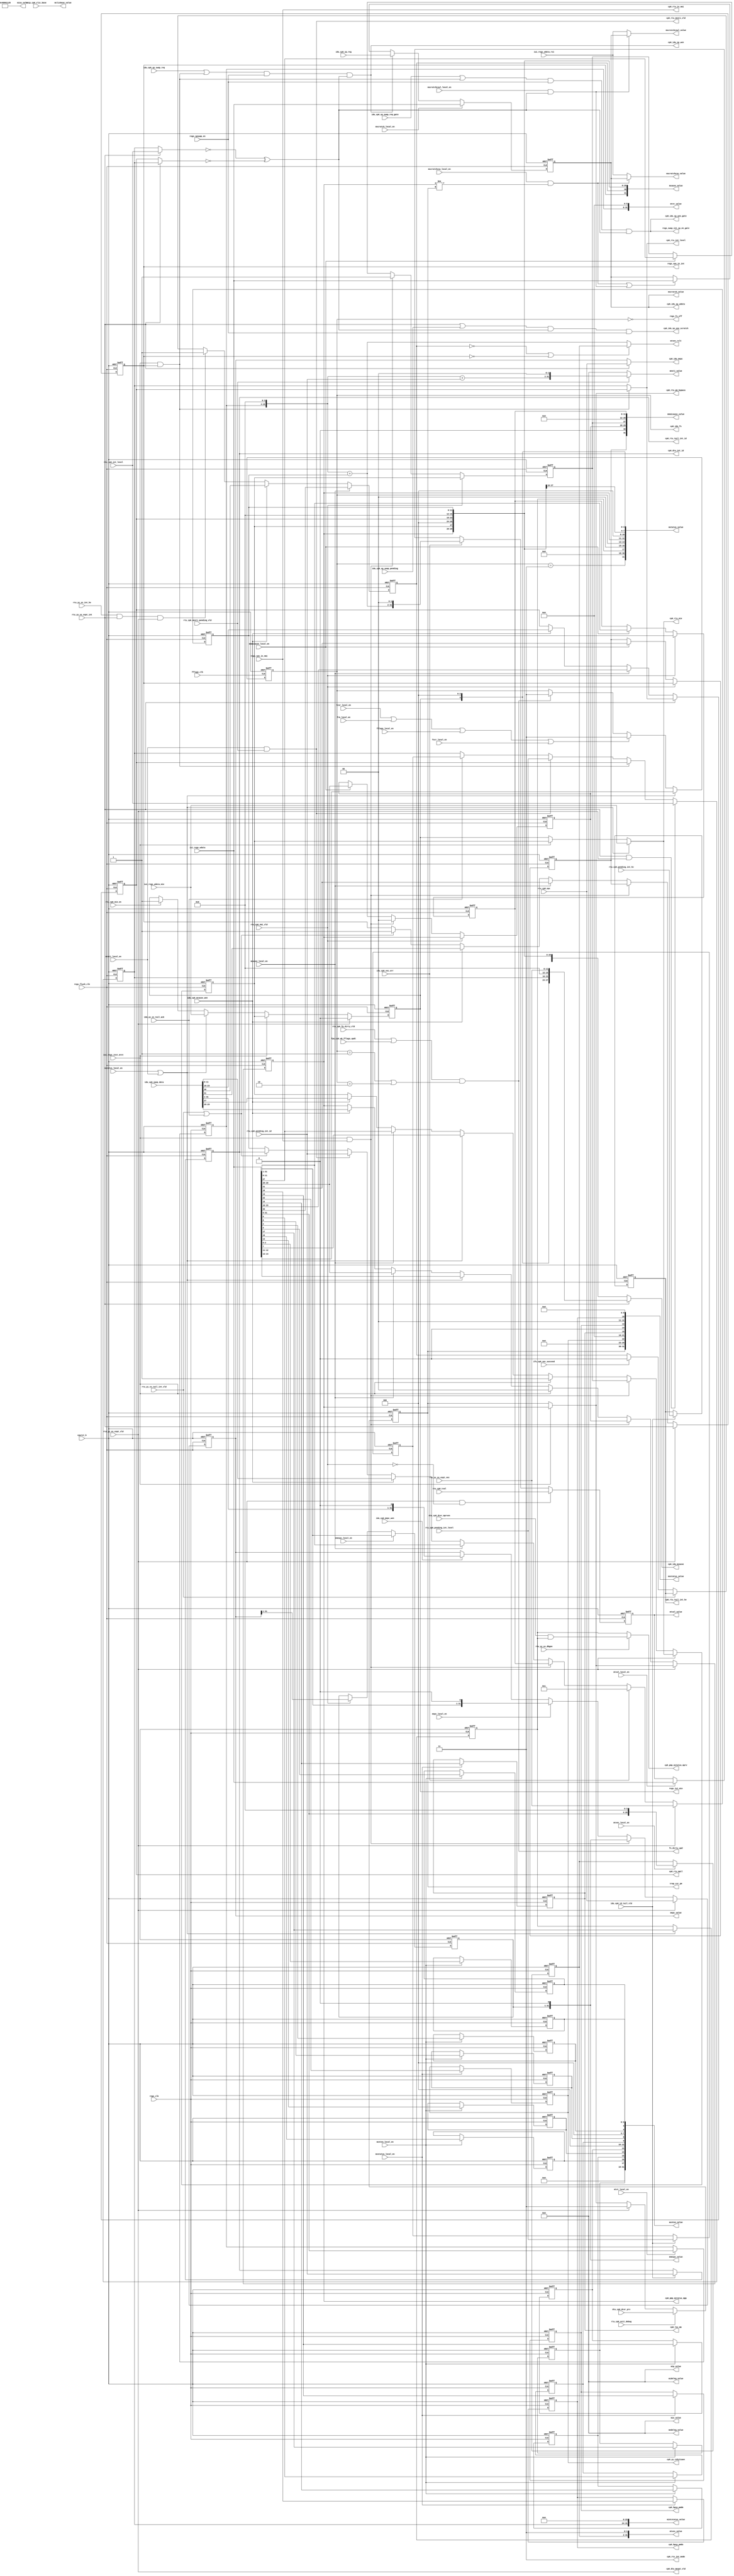
// This program was cloned from: https://github.com/T-head-Semi/opene906
// License: Apache License 2.0

/*Copyright 2020-2021 T-Head Semiconductor Co., Ltd.

Licensed under the Apache License, Version 2.0 (the "License");
you may not use this file except in compliance with the License.
You may obtain a copy of the License at

    http://www.apache.org/licenses/LICENSE-2.0

Unless required by applicable law or agreed to in writing, software
distributed under the License is distributed on an "AS IS" BASIS,
WITHOUT WARRANTIES OR CONDITIONS OF ANY KIND, either express or implied.
See the License for the specific language governing permissions and
limitations under the License.
*/

// &ModuleBeg; @23
module pa_cp0_trap_csr(
  cp0_dtu_int_id,
  cp0_dtu_mexpt_vld,
  cp0_hpcp_pmdm,
  cp0_hpcp_pmdu,
  cp0_idu_fs,
  cp0_idu_mcause,
  cp0_idu_mepc,
  cp0_idu_sp_use_scratch,
  cp0_idu_sp_wdata,
  cp0_idu_sp_wen,
  cp0_idu_sp_wen_gate,
  cp0_lsu_mm,
  cp0_pmp_mstatus_mpp,
  cp0_pmp_mstatus_mprv,
  cp0_rtu_in_nmi,
  cp0_rtu_int_level,
  cp0_rtu_int_mode,
  cp0_rtu_mie,
  cp0_rtu_mnxti_vld,
  cp0_rtu_mpil,
  cp0_rtu_pm_bypass,
  cp0_rtu_tail_int_hv,
  cp0_rtu_tail_int_id,
  cp0_yy_cskyisaee,
  cpurst_b,
  dtu_cp0_dcsr_mprven,
  dtu_cp0_dcsr_prv,
  fcsr_local_en,
  fflags_clk,
  fflags_local_en,
  fpu_cp0_wb_fflags_updt,
  frm_local_en,
  fs_dirty_upd,
  fxcr_local_en,
  idu_cp0_id_tail_vld,
  idu_cp0_ipop_data,
  idu_cp0_mcause_wen,
  idu_cp0_mepc_wen,
  idu_cp0_sp_reg,
  idu_cp0_sp_swap_pending,
  idu_cp0_sp_swap_req,
  idu_cp0_sp_swap_req_gate,
  idu_yy_xx_tail_ack,
  ifu_cp0_vec_err,
  ifu_cp0_vec_succeed,
  iui_regs_inst_mret,
  iui_regs_wdata,
  iui_regs_wdata_mie,
  iui_regs_wdata_rs1,
  mcause_local_en,
  mcause_value,
  mclicbase_value,
  mcnten_local_en,
  mcnten_value,
  medeleg_value,
  mepc_local_en,
  mepc_value,
  mideleg_value,
  mie_value,
  mintstatus_value,
  mip_value,
  misa_value,
  mnmicause_local_en,
  mnmicause_value,
  mnmipc_local_en,
  mnmipc_value,
  mnxti_local_en,
  mnxti_value,
  mscratch_local_en,
  mscratch_value,
  mscratchcsw_local_en,
  mscratchcsw_value,
  mscratchcswl_local_en,
  mscratchcswl_value,
  mstatus_local_en,
  mstatus_value,
  mtval_local_en,
  mtval_value,
  mtvec_local_en,
  mtvec_rslt,
  mtvec_value,
  mtvt_local_en,
  mtvt_value,
  mxstatus_local_en,
  mxstatus_value,
  regs_clk,
  regs_cpu_in_int,
  regs_cpu_in_nmi,
  regs_flush_clk,
  regs_fs_off,
  regs_iui_mie,
  regs_spswap_en,
  regs_swap_int_sp_en_gate,
  rtu_cp0_epc,
  rtu_cp0_exit_debug,
  rtu_cp0_fp_dirty_vld,
  rtu_cp0_int_level,
  rtu_cp0_mie_en,
  rtu_cp0_mnxti_pending_vld,
  rtu_cp0_nmi_vld,
  rtu_cp0_pending_int_hv,
  rtu_cp0_pending_int_id,
  rtu_cp0_pending_int_level,
  rtu_cp0_tval,
  rtu_yy_xx_dbgon,
  rtu_yy_xx_expt_int,
  rtu_yy_xx_expt_vec,
  rtu_yy_xx_expt_vld,
  rtu_yy_xx_int_hv,
  rtu_yy_xx_tail_int_vld,
  tcip_cp0_clic_base,
  trap_csr_pm
);

// &Ports; @24
input           cpurst_b;                    
input           dtu_cp0_dcsr_mprven;         
input   [1 :0]  dtu_cp0_dcsr_prv;            
input           fcsr_local_en;               
input           fflags_clk;                  
input           fflags_local_en;             
input           fpu_cp0_wb_fflags_updt;      
input           frm_local_en;                
input           fxcr_local_en;               
input           idu_cp0_id_tail_vld;         
input   [31:0]  idu_cp0_ipop_data;           
input           idu_cp0_mcause_wen;          
input           idu_cp0_mepc_wen;            
input   [31:0]  idu_cp0_sp_reg;              
input           idu_cp0_sp_swap_pending;     
input           idu_cp0_sp_swap_req;         
input           idu_cp0_sp_swap_req_gate;    
input           idu_yy_xx_tail_ack;          
input           ifu_cp0_vec_err;             
input           ifu_cp0_vec_succeed;         
input           iui_regs_inst_mret;          
input   [31:0]  iui_regs_wdata;              
input           iui_regs_wdata_mie;          
input   [31:0]  iui_regs_wdata_rs1;          
input           mcause_local_en;             
input           mcnten_local_en;             
input           mepc_local_en;               
input           mnmicause_local_en;          
input           mnmipc_local_en;             
input           mnxti_local_en;              
input           mscratch_local_en;           
input           mscratchcsw_local_en;        
input           mscratchcswl_local_en;       
input           mstatus_local_en;            
input           mtval_local_en;              
input           mtvec_local_en;              
input           mtvt_local_en;               
input           mxstatus_local_en;           
input           regs_clk;                    
input           regs_cpu_in_nmi;             
input           regs_flush_clk;              
input           regs_spswap_en;              
input   [31:0]  rtu_cp0_epc;                 
input           rtu_cp0_exit_debug;          
input           rtu_cp0_fp_dirty_vld;        
input   [7 :0]  rtu_cp0_int_level;           
input           rtu_cp0_mie_en;              
input           rtu_cp0_mnxti_pending_vld;   
input           rtu_cp0_nmi_vld;             
input           rtu_cp0_pending_int_hv;      
input   [11:0]  rtu_cp0_pending_int_id;      
input   [7 :0]  rtu_cp0_pending_int_level;   
input   [31:0]  rtu_cp0_tval;                
input           rtu_yy_xx_dbgon;             
input           rtu_yy_xx_expt_int;          
input   [11:0]  rtu_yy_xx_expt_vec;          
input           rtu_yy_xx_expt_vld;          
input           rtu_yy_xx_int_hv;            
input           rtu_yy_xx_tail_int_vld;      
input   [31:0]  tcip_cp0_clic_base;          
output  [11:0]  cp0_dtu_int_id;              
output          cp0_dtu_mexpt_vld;           
output          cp0_hpcp_pmdm;               
output          cp0_hpcp_pmdu;               
output  [1 :0]  cp0_idu_fs;                  
output  [31:0]  cp0_idu_mcause;              
output  [31:0]  cp0_idu_mepc;                
output          cp0_idu_sp_use_scratch;      
output  [31:0]  cp0_idu_sp_wdata;            
output          cp0_idu_sp_wen;              
output          cp0_idu_sp_wen_gate;         
output          cp0_lsu_mm;                  
output  [1 :0]  cp0_pmp_mstatus_mpp;         
output          cp0_pmp_mstatus_mprv;        
output          cp0_rtu_in_nmi;              
output  [7 :0]  cp0_rtu_int_level;           
output  [1 :0]  cp0_rtu_int_mode;            
output          cp0_rtu_mie;                 
output          cp0_rtu_mnxti_vld;           
output  [7 :0]  cp0_rtu_mpil;                
output  [1 :0]  cp0_rtu_pm_bypass;           
output          cp0_rtu_tail_int_hv;         
output  [11:0]  cp0_rtu_tail_int_id;         
output          cp0_yy_cskyisaee;            
output          fs_dirty_upd;                
output  [31:0]  mcause_value;                
output  [31:0]  mclicbase_value;             
output  [31:0]  mcnten_value;                
output  [31:0]  medeleg_value;               
output  [31:0]  mepc_value;                  
output  [31:0]  mideleg_value;               
output  [31:0]  mie_value;                   
output  [31:0]  mintstatus_value;            
output  [31:0]  mip_value;                   
output  [31:0]  misa_value;                  
output  [31:0]  mnmicause_value;             
output  [31:0]  mnmipc_value;                
output  [31:0]  mnxti_value;                 
output  [31:0]  mscratch_value;              
output  [31:0]  mscratchcsw_value;           
output  [31:0]  mscratchcswl_value;          
output  [31:0]  mstatus_value;               
output  [31:0]  mtval_value;                 
output  [29:0]  mtvec_rslt;                  
output  [31:0]  mtvec_value;                 
output  [31:0]  mtvt_value;                  
output  [31:0]  mxstatus_value;              
output          regs_cpu_in_int;             
output          regs_fs_off;                 
output          regs_iui_mie;                
output          regs_swap_int_sp_en_gate;    
output  [1 :0]  trap_csr_pm;                 

// &Regs; @25
reg             cskyisaee;                   
reg     [1 :0]  fs;                          
reg             m_intr;                      
reg     [11:0]  m_vector;                    
reg     [11:0]  m_vector_tail;               
reg             mcnten_hpm13;                
reg             mcnten_hpm14;                
reg             mcnten_hpm15;                
reg             mcnten_hpm16;                
reg             mcnten_hpm17;                
reg             mcnten_hpm3;                 
reg             mcnten_hpm4;                 
reg             mcnten_hpm8;                 
reg             mcnten_hpm9;                 
reg     [2 :0]  mcnten_reg;                  
reg     [31:0]  mepc_reg;                    
reg             mie_bit;                     
reg     [7 :0]  mil;                         
reg     [7 :0]  mil_tail;                    
reg             minhv;                       
reg             minhv_tail;                  
reg             mm;                          
reg             mpie;                        
reg     [7 :0]  mpil;                        
reg     [1 :0]  mpp;                         
reg             mprv;                        
reg     [31:0]  mscratch;                    
reg     [31:0]  mtval_data;                  
reg     [29:0]  mtvec_base;                  
reg     [25:0]  mtvt_base;                   
reg             nmi_intr;                    
reg             nmi_mpie;                    
reg     [1 :0]  nmi_mpp;                     
reg     [30:0]  nmi_pc_31_1;                 
reg     [11:0]  nmi_vector;                  
reg     [1 :0]  pm;                          
reg             pmdm;                        
reg             pmdu;                        

// &Wires; @26
wire    [11:0]  cp0_dtu_int_id;              
wire            cp0_dtu_mexpt_vld;           
wire            cp0_hpcp_pmdm;               
wire            cp0_hpcp_pmdu;               
wire    [1 :0]  cp0_idu_fs;                  
wire    [31:0]  cp0_idu_mcause;              
wire    [31:0]  cp0_idu_mepc;                
wire            cp0_idu_sp_use_scratch;      
wire    [31:0]  cp0_idu_sp_wdata;            
wire            cp0_idu_sp_wen;              
wire            cp0_idu_sp_wen_gate;         
wire            cp0_lsu_mm;                  
wire    [1 :0]  cp0_pmp_mstatus_mpp;         
wire            cp0_pmp_mstatus_mprv;        
wire            cp0_rtu_in_nmi;              
wire    [7 :0]  cp0_rtu_int_level;           
wire    [1 :0]  cp0_rtu_int_mode;            
wire            cp0_rtu_mie;                 
wire            cp0_rtu_mnxti_vld;           
wire    [7 :0]  cp0_rtu_mpil;                
wire    [1 :0]  cp0_rtu_pm_bypass;           
wire            cp0_rtu_tail_int_hv;         
wire    [11:0]  cp0_rtu_tail_int_id;         
wire            cp0_yy_cskyisaee;            
wire            cpurst_b;                    
wire    [3 :0]  dsp_m_value;                 
wire            dtu_cp0_dcsr_mprven;         
wire    [1 :0]  dtu_cp0_dcsr_prv;            
wire    [25:0]  extensions;                  
wire            fcsr_local_en;               
wire            fflags_clk;                  
wire            fflags_local_en;             
wire            fpu_cp0_wb_fflags_updt;      
wire            frm_local_en;                
wire            fs_dirty_upd;                
wire            fs_off;                      
wire            fxcr_local_en;               
wire            hw_vector_clic_on;           
wire            idu_cp0_id_tail_vld;         
wire    [31:0]  idu_cp0_ipop_data;           
wire            idu_cp0_mcause_wen;          
wire            idu_cp0_mepc_wen;            
wire    [31:0]  idu_cp0_sp_reg;              
wire            idu_cp0_sp_swap_pending;     
wire            idu_cp0_sp_swap_req;         
wire            idu_cp0_sp_swap_req_gate;    
wire            idu_yy_xx_tail_ack;          
wire            ifu_cp0_vec_err;             
wire            ifu_cp0_vec_succeed;         
wire            int_mret_vld;                
wire            ipush_sp_use_mscratch;       
wire            iui_regs_inst_mret;          
wire    [31:0]  iui_regs_wdata;              
wire            iui_regs_wdata_mie;          
wire    [31:0]  iui_regs_wdata_rs1;          
wire    [31:0]  mcause_bypass_value;         
wire            mcause_local_en;             
wire    [31:0]  mcause_spec_value;           
wire    [31:0]  mcause_value;                
wire    [31:0]  mclicbase_value;             
wire    [28:0]  mcnten_hpm;                  
wire            mcnten_local_en;             
wire    [31:0]  mcnten_value;                
wire    [31:0]  medeleg_value;               
wire            mepc_local_en;               
wire    [31:0]  mepc_value;                  
wire    [31:0]  mideleg_value;               
wire            mie_valid;                   
wire    [31:0]  mie_value;                   
wire    [7 :0]  mil_val;                     
wire    [31:0]  mintstatus_value;            
wire    [31:0]  mip_value;                   
wire    [31:0]  misa_value;                  
wire            mnmicause_local_en;          
wire    [31:0]  mnmicause_value;             
wire            mnmipc_local_en;             
wire    [31:0]  mnmipc_value;                
wire            mnxti_local_en;              
wire    [29:0]  mnxti_pending_addr;          
wire    [31:0]  mnxti_value;                 
wire            mnxti_vld_int_pending;       
wire            mscratch_local_en;           
wire            mscratch_swap_int_sp_en;     
wire            mscratch_swap_int_sp_en_gate; 
wire    [31:0]  mscratch_value;              
wire            mscratchcsw_local_en;        
wire            mscratchcsw_swap_en;         
wire    [31:0]  mscratchcsw_value;           
wire            mscratchcswl_local_en;       
wire            mscratchcswl_swap_en;        
wire    [31:0]  mscratchcswl_value;          
wire            mstatus_local_en;            
wire    [31:0]  mstatus_value;               
wire            mtval_local_en;              
wire    [31:0]  mtval_value;                 
wire            mtvec_local_en;              
wire    [1 :0]  mtvec_mode;                  
wire    [29:0]  mtvec_rslt;                  
wire            mtvec_rslt_use_base;         
wire    [31:0]  mtvec_value;                 
wire            mtvt_local_en;               
wire    [31:0]  mtvt_value;                  
wire    [1 :0]  mxl;                         
wire            mxstatus_local_en;           
wire    [31:0]  mxstatus_value;              
wire    [7 :0]  opt_value;                   
wire    [1 :0]  pm_bypass;                   
wire            regs_clk;                    
wire            regs_cpu_in_int;             
wire            regs_cpu_in_nmi;             
wire            regs_flush_clk;              
wire            regs_fs_off;                 
wire            regs_inst_nmi_mret;          
wire            regs_iui_mie;                
wire            regs_spswap_en;              
wire            regs_swap_int_sp_en_gate;    
wire    [31:0]  rtu_cp0_epc;                 
wire            rtu_cp0_exit_debug;          
wire            rtu_cp0_fp_dirty_vld;        
wire    [7 :0]  rtu_cp0_int_level;           
wire            rtu_cp0_mie_en;              
wire            rtu_cp0_mnxti_pending_vld;   
wire            rtu_cp0_nmi_vld;             
wire            rtu_cp0_pending_int_hv;      
wire    [11:0]  rtu_cp0_pending_int_id;      
wire    [7 :0]  rtu_cp0_pending_int_level;   
wire    [31:0]  rtu_cp0_tval;                
wire            rtu_yy_xx_dbgon;             
wire            rtu_yy_xx_expt_int;          
wire    [11:0]  rtu_yy_xx_expt_vec;          
wire            rtu_yy_xx_expt_vld;          
wire            rtu_yy_xx_int_hv;            
wire            rtu_yy_xx_tail_int_vld;      
wire            sd;                          
wire    [7 :0]  spec_mil;                    
wire    [7 :0]  spec_mpil;                   
wire            swap_int_sp;                 
wire    [31:0]  tcip_cp0_clic_base;          
wire    [1 :0]  trap_csr_pm;                 
wire    [29:0]  vec_adder_vbr;               
wire    [11:0]  vec_adder_vec;               
wire    [1 :0]  xs;                          


//==========================================================
// Trap Setup and Handling CSR Module
// 1. Trap Setup CSRs
// 2. Trap Handling CSRs
//==========================================================

//----------------------------------------------------------
// 1. Trap Setup CSRs
//----------------------------------------------------------
//==========================================================
//               Define the MSTATUS register
//==========================================================
//  Machine Status Register
//  32-bit Machine Mode Read/Write
//  Providing the CPU Status
//  the definiton for MSTATUS register is listed as follows
//  ========================================================
//  |31|30                     22|21| 20| 19| 18| 17 |16 15|
//  +--+-----+-----+-----+---+---+--+---+---+---+----+-----+
//  |SD|            Res          |    Res       |MPRV| Res |
//  ========================================================
//  ========================================================
//  |14 13|12 11|10 9| 8 |  7 | 6 |  5 | 4 | 3 | 2 | 1 | 0 |
//  +-----+-----+----+---+----+---+----+---+---+---+---+---+
//  | FS  | MPP | Res|Res|MPIE|Res| Res|Res|MIE|Res|Res|Res|
//  ========================================================
assign sd      = fs[1:0] == 2'b11 || xs[1:0] == 2'b11;

assign xs[1:0] = 2'b0;

assign fs_dirty_upd = (rtu_cp0_fp_dirty_vld || fpu_cp0_wb_fflags_updt)
                   && (fs[1:0] == 2'b1 || fs[1:0] == 2'b10);
// &Force("output", "fs_dirty_upd"); @61

always @(posedge fflags_clk or negedge cpurst_b)
begin
  if(!cpurst_b)
    fs[1:0] <= 2'b0;
  else if(mstatus_local_en || mnxti_local_en)
    fs[1:0] <= iui_regs_wdata[14:13];
  else if(fcsr_local_en || frm_local_en || fflags_local_en || fxcr_local_en)
    fs[1:0] <= 2'b11;
  else if(fs_dirty_upd)
    fs[1:0] <= 2'b11;
  else
    fs[1:0] <= fs[1:0];
end

assign fs_off = fs[1:0] == 2'b00;

always @(posedge regs_clk or negedge cpurst_b)
begin
  if(!cpurst_b)
  begin
    mprv <= 1'b0;
  end
  else if(mstatus_local_en || mnxti_local_en)
  begin
    mprv <= iui_regs_wdata[17];
  end
  else
  begin
    mprv <= mprv;
  end
end

always @(posedge regs_flush_clk or negedge cpurst_b)
begin
  if(!cpurst_b)
    mpp[1:0] <= 2'b11;
  else if(rtu_yy_xx_expt_vld)
    mpp[1:0] <= pm_bypass[1:0];
  else if(regs_inst_nmi_mret)
    mpp[1:0] <= nmi_mpp[1:0];
  else if(iui_regs_inst_mret)
    mpp[1:0] <= 2'b00;
  else if(mstatus_local_en || mnxti_local_en)
    mpp[1:0] <= iui_regs_wdata[12:11];
  else if(mcause_local_en)
    mpp[1:0] <= iui_regs_wdata[29:28];
  else if(idu_cp0_mcause_wen)
    mpp[1:0] <= idu_cp0_ipop_data[29:28];
  else
    mpp[1:0] <= mpp[1:0];
end

always @(posedge regs_flush_clk or negedge cpurst_b)
begin
  if(!cpurst_b)
    mpie <= 1'b0;
  else if(rtu_yy_xx_expt_vld)
    mpie <= mie_valid;
  else if(regs_inst_nmi_mret)
    mpie <= nmi_mpie;
  else if(iui_regs_inst_mret)
    mpie <= 1'b1;
  else if(mstatus_local_en || mnxti_local_en)
    mpie <= iui_regs_wdata[7];
  else if(mcause_local_en)
    mpie <= iui_regs_wdata[27];
  else if(idu_cp0_mcause_wen)
    mpie <= idu_cp0_ipop_data[27];
  else
    mpie <= mpie;
end

always @(posedge regs_flush_clk or negedge cpurst_b)
begin
  if(!cpurst_b)
    mie_bit <= 1'b0;
  else if(rtu_yy_xx_expt_vld)
    mie_bit <= 1'b0;
  else if(iui_regs_inst_mret)
    mie_bit <= mpie;
  else if(mstatus_local_en || mnxti_local_en)
    mie_bit <= iui_regs_wdata_mie;
  else if(rtu_cp0_mie_en)
    mie_bit <= 1'b1;
  else
    mie_bit <= mie_bit;
end
assign regs_iui_mie = mie_bit;

assign mie_valid = (mstatus_local_en || mnxti_local_en) ? iui_regs_wdata_mie
                                                        : iui_regs_inst_mret ? mpie : mie_bit;
assign mstatus_value[31:0]  = {sd, 13'b0, mprv, xs[1:0], fs[1:0],
                               mpp[1:0], 3'b0, mpie, 3'b0, mie_bit, 3'b0};


//==========================================================
//               Define the MISA register
//  Machine Status Register
//  32-bit Machine Mode Read/Write
//  Providing the ISA extension infor of the current core
//  the definiton for MISA register is listed as follows
//==========================================================
// [31:30]     [29:26]     [25:0]
//   MXL       Reserved  Extensions
// RV32, MXL is 1.
assign mxl[1:0] = 2'b01;

//  RV32 IMA(FD)C (G) + S Mode + U mode + Non-Standard Ex
// [23] [20] [18] [15] [12] [8] [5] [3] [2] [0]
//  X    U    S    P    M    I   F   D   C   A
assign opt_value[7:0] = {4'b0010, 4'b0101};

assign dsp_m_value[3:0] = 4'b0001;

assign extensions[25:0] = {2'b0, 4'b1001, 4'b0000, dsp_m_value[3:0],
                                 4'b0001, opt_value[7:0]};
assign misa_value[31:0] = {mxl[1:0], 4'b0, extensions[25:0]};


//==========================================================
//               Define the MEDELEG register
//  Machine Exception Delegation Register
//  64-bit Machine Mode Read/Write
//  Providing the Exception Delegation Status
//  the definiton for MEDELEG register is listed as follows
//  * Currently not implemented
//==========================================================
assign medeleg_value[31:0] = 32'b0;


//==========================================================
//               Define the MIDELEG register
//  Machine Interrupt Delegation Register
//  64-bit Machine Mode Read/Write
//  Providing the Interrupt Delegation Status
//  the definiton for MEDELEG register is listed as follows
//  * Currently not implemented
//==========================================================
assign mideleg_value[31:0] = 32'b0;


//==========================================================
//               Define the MIE register
//  Machine Interrupt Enable Register
//  31-bit Machine Mode Read/Write
//  Providing the Interrupt Local Enable of the current core
//  *Hardware to zero when CLIC MODE
//  the definiton for MIE register is listed as follows
//==========================================================
assign mie_value[31:0] = 32'b0;


//==========================================================
//               Define the MTVEC register
//  Machine Trap Vector Register
//  31-bit Machine Mode Read/Write
//  Providing the Trap Vector Base and Mode
//  the definiton for MTVEC register is listed as follows
//==========================================================
assign mtvec_mode[1:0] = 2'b11;

// Generate the valid vector address
assign vec_adder_vec[11:0] = m_vector[11:0];

always @(posedge regs_clk or negedge cpurst_b)
begin
  if(!cpurst_b)
    mtvec_base[29:0] <= 30'b0;
  else if(mtvec_local_en)
    mtvec_base[29:0] <= {iui_regs_wdata[31:6], 4'b0};
  else
    mtvec_base[29:0] <= mtvec_base[29:0];
end

assign mtvec_value[31:0] = {mtvec_base[29:0], mtvec_mode[1:0]};

assign vec_adder_vbr[29:0] = mtvt_value[31:2]  + {18'b0, vec_adder_vec[11:0]};
assign mtvec_rslt_use_base = !minhv || !m_intr; // Non-Vec mode or expt

assign mtvec_rslt[29:0] = mtvec_rslt_use_base ? mtvec_base[29:0]
                                              : vec_adder_vbr[29:0];



//==========================================================
//               Define the MCNTEN register
//  Machine Trap Vector Register
//  31-bit Machine Mode Read/Write
//  Providing the Trap Vector Base and Mode
//  the definiton for MTVEC register is listed as follows
//  IR, TM, CY
//==========================================================
always @(posedge regs_clk or negedge cpurst_b)
begin
  if(!cpurst_b)
    mcnten_reg[2:0] <= 3'b0;
  else if(mcnten_local_en)
    mcnten_reg[2:0] <= iui_regs_wdata[2:0];
  else
    mcnten_reg[2:0] <= mcnten_reg[2:0];
end

always @(posedge regs_clk or negedge cpurst_b)
begin
  if(!cpurst_b) begin
    mcnten_hpm3 <= 1'b0;
    mcnten_hpm4 <= 1'b0;
    mcnten_hpm8 <= 1'b0;
    mcnten_hpm9 <= 1'b0;
    mcnten_hpm13 <= 1'b0;
    mcnten_hpm14 <= 1'b0;
    mcnten_hpm15 <= 1'b0;
    mcnten_hpm16 <= 1'b0;
    mcnten_hpm17 <= 1'b0;
  end
  else if(mcnten_local_en) begin
    mcnten_hpm3 <= iui_regs_wdata[3];
    mcnten_hpm4 <= iui_regs_wdata[4];
    mcnten_hpm8 <= iui_regs_wdata[8];
    mcnten_hpm9 <= iui_regs_wdata[9];
    mcnten_hpm13 <= iui_regs_wdata[13];
    mcnten_hpm14 <= iui_regs_wdata[14];
    mcnten_hpm15 <= iui_regs_wdata[15];
    mcnten_hpm16 <= iui_regs_wdata[16];
    mcnten_hpm17 <= iui_regs_wdata[17];
  end
end

assign mcnten_hpm[28:0] = {14'b0, mcnten_hpm17, mcnten_hpm16, mcnten_hpm15,
                           mcnten_hpm14, mcnten_hpm13, 3'b0, mcnten_hpm9,
                           mcnten_hpm8,  3'b0, mcnten_hpm4, mcnten_hpm3};

assign mcnten_value[31:0] = {mcnten_hpm[28:0], mcnten_reg[2:0]};


//==========================================================
//               Define the MTVEC register
//  Machine Trap Vector Register
//  31-bit Machine Mode Read/Write
//  Providing the Base Addres of Trap Vector Table
//  the definiton for MTVEC register is listed as follows
//==========================================================
always @(posedge regs_clk or negedge cpurst_b)
begin
  if(!cpurst_b)
    mtvt_base[25:0] <= 26'b0;
  else if(mtvt_local_en)
    mtvt_base[25:0] <= iui_regs_wdata[31:6];
  else
    mtvt_base[25:0] <= mtvt_base[25:0];
end

assign mtvt_value[31:0] = {mtvt_base[25:0], 6'b0};
// &Force("output", "mtvt_value"); @392

//==========================================================
//               Define the MSCRATCH register
//  Machine Scratch Register
//  31-bit Machine Mode Read/Write
//  Providing the Software Scratch register
//  the definiton for MSCRATCH register is listed as follows
//==========================================================
always @(posedge regs_flush_clk or negedge cpurst_b)
begin
  if(!cpurst_b)
    mscratch[31:0] <= 32'b0;
  else if(mscratch_local_en)
    mscratch[31:0] <= iui_regs_wdata[31:0];
  else if(mscratch_swap_int_sp_en)
    mscratch[31:0] <= idu_cp0_sp_reg[31:0];
  else if(mscratchcsw_swap_en || mscratchcswl_swap_en)
    mscratch[31:0] <= iui_regs_wdata[31:0];
  else
    mscratch[31:0] <= mscratch[31:0];
end
assign mscratch_value[31:0] = mscratch[31:0];


//==========================================================
//               Define the MEPC register
//  Machine Exception PC Register
//  32-bit Machine Mode Read/Write
//  Providing the Machine Exception PC Register
//  the definiton for MEPC register is listed as follows
//==========================================================
always @(posedge regs_flush_clk or negedge cpurst_b)
begin
  if(!cpurst_b)
    mepc_reg[31:0] <= 32'b0;
  else if(rtu_yy_xx_expt_vld)
    mepc_reg[31:0] <= rtu_cp0_epc[31:0];
  else if(regs_inst_nmi_mret)
    mepc_reg[31:0] <= {nmi_pc_31_1[30:0], 1'b0};
  else if(mepc_local_en)
    mepc_reg[31:0] <= {iui_regs_wdata[31:1], 1'b0};
  else if(idu_cp0_mepc_wen)
    mepc_reg[31:0] <= {idu_cp0_ipop_data[31:1], 1'b0};
  else
    mepc_reg[31:0] <= mepc_reg[31:0];
end
// &Force("bus", "idu_cp0_ipop_data", 31, 0); @441

assign mepc_value[31:0] = mepc_reg[31:0];


//==========================================================
//               Define the MCAUSE register
//  Machine CAUSE Register
//  32-bit Machine Mode Read/Write
//  Providing the Machine Trap Cause register
//  the definiton for MCAUSE register is listed as follows
//==========================================================
// &Force("output", "mcause_value"); @453
always @(posedge regs_flush_clk or negedge cpurst_b)
begin
  if(!cpurst_b)
    m_intr <= 1'b0;
  else if(rtu_yy_xx_expt_vld)
    m_intr <= rtu_yy_xx_expt_int;
  else if(regs_inst_nmi_mret)
    m_intr <= nmi_intr;
  else if(mcause_local_en)
    m_intr <= iui_regs_wdata[31];
  else if(idu_cp0_mcause_wen)
    m_intr <= idu_cp0_ipop_data[31];
  else if(rtu_yy_xx_tail_int_vld || idu_yy_xx_tail_ack)
    // rtu_yy_xx_tail_int_vld is for vector addr. and it will be overwrite
    // immidately
    m_intr <= 1'b1;
  else
    m_intr <= m_intr;
end

assign int_mret_vld = iui_regs_inst_mret && m_intr;

assign hw_vector_clic_on = (mtvec_mode[1:0] == 2'b11 && rtu_yy_xx_int_hv)
                         && rtu_yy_xx_expt_int && rtu_yy_xx_expt_vld;
always @(posedge regs_flush_clk or negedge cpurst_b)
begin
  if(!cpurst_b)
    minhv <= 1'b0;
  else if(mtvec_mode[1] == 1'b0) // Orignal vec mode
    minhv <= 1'b0;
  else if(mcause_local_en)
    minhv <= iui_regs_wdata[30];
  else if(idu_cp0_mcause_wen)
    minhv <= idu_cp0_ipop_data[30];
  else if(hw_vector_clic_on)    // CLIC mode
    minhv <= 1'b1;
  else if(rtu_yy_xx_tail_int_vld)
    minhv <= mtvec_mode[1:0] == 2'b11 && minhv_tail;
  else if(ifu_cp0_vec_succeed)
    minhv <= 1'b0;
end

// minhv_tail is for clic tail_ack to judge last int is hv or non-hv.
always @(posedge regs_flush_clk or negedge cpurst_b)
begin
  if(!cpurst_b)
    minhv_tail <= 1'b0;
  else if(mtvec_mode[1] == 1'b0) // Orignal vec mode
    minhv_tail <= 1'b0;
  else if(idu_cp0_id_tail_vld)
    minhv_tail <= rtu_cp0_pending_int_hv;
end

always @(posedge regs_flush_clk or negedge cpurst_b)
begin
  if(!cpurst_b)
    mpil[7:0] <= 8'b0;
  else if(mtvec_mode[1] == 1'b0)
    mpil[7:0] <= 8'b0;
  else if(rtu_yy_xx_expt_int)
    mpil[7:0] <= mil_val[7:0];
  else if(mcause_local_en)
    mpil[7:0] <= iui_regs_wdata[23:16];
  else if(idu_cp0_mcause_wen)
    mpil[7:0] <= idu_cp0_ipop_data[23:16];
  else
    mpil[7:0] <= mpil[7:0];
end

always @ (posedge regs_flush_clk or negedge cpurst_b)
begin
  if (!cpurst_b)
    m_vector_tail[11:0] <= 12'b0;
  else if (idu_cp0_id_tail_vld)
    m_vector_tail[11:0] <= rtu_cp0_pending_int_id[11:0];
end

always @(posedge regs_flush_clk or negedge cpurst_b)
begin
  if(!cpurst_b)
    m_vector[11:0] <= 12'b0;
  else if(rtu_yy_xx_expt_vld)
    m_vector[11:0] <= rtu_yy_xx_expt_vec[11:0];
  else if(ifu_cp0_vec_err)
    m_vector[11:0] <= 12'd1;
  else if(regs_inst_nmi_mret)
    m_vector[11:0] <= nmi_vector[11:0];
  else if(mcause_local_en)
    m_vector[11:0] <= iui_regs_wdata[11:0];
  else if(idu_cp0_mcause_wen)
    m_vector[11:0] <= idu_cp0_ipop_data[11:0];
  else if(mnxti_local_en && mnxti_vld_int_pending)
    m_vector[11:0] <= rtu_cp0_pending_int_id[11:0];
  else if(rtu_yy_xx_tail_int_vld || idu_yy_xx_tail_ack)
    // rtu_yy_xx_tail_int_vld is for vector addr. and it will be overwrite
    // immidately
    m_vector[11:0] <= m_vector_tail[11:0];
  else
    m_vector[11:0] <= m_vector[11:0];
end

assign mcause_value[31:0]    = mtvec_mode[1] ?
                              {m_intr, minhv, mpp[1:0], mpie, 3'b0,
                                     mpil[7:0], 4'b0, m_vector[11:0]}
                            : {m_intr, 27'b0, m_vector[3:0]};
assign mcause_spec_value[31:0]    = {m_intr, 1'b0, mpp[1:0], mpie, 3'b0,
                                     mpil[7:0], 4'b0, m_vector[11:0]};
assign mcause_bypass_value[31:0] = {1'b1, 1'b0, pm[1:0], mie_bit, 3'b0,
                                     mil[7:0], 4'b0, rtu_yy_xx_expt_vec[11:0]};

assign regs_inst_nmi_mret = iui_regs_inst_mret && regs_cpu_in_nmi;
//==========================================================
//               Define the MTVAL register
//  Machine Trap value Register
//  32-bit Machine Mode Read/Write
//  Providing the trap value register
//  the definiton for MTVAL register is listed as follows
//==========================================================

always @(posedge regs_flush_clk or negedge cpurst_b)
begin
  if(!cpurst_b)
    mtval_data[31:0] <= 32'b0;
  else if(rtu_yy_xx_expt_vld && !rtu_cp0_nmi_vld)
    mtval_data[31:0] <= rtu_cp0_tval[31:0];
  else if(ifu_cp0_vec_err)
    mtval_data[31:0] <= {vec_adder_vbr[29:0], 2'b0};
  else if(mtval_local_en)
    mtval_data[31:0] <= iui_regs_wdata[31:0];
  else
    mtval_data[31:0] <= mtval_data[31:0];
end
assign mtval_value[31:0] = mtval_data[31:0];


//==========================================================
//               Define the MIP register
//  Machine Interrupt Pending Register
//  32-bit Machine Mode Read/Write
//  Providing the Interrupt Pending of the current core
//  the definiton for MIP register is listed as follows
//==========================================================
assign mip_value[31:0] = 32'b0;


//==========================================================
//               Define the MNXTI register
//  Machine Next Interrupt Handler Address and Interrupt
//  -Enable CSR
//  32-bit Machine Mode Read/Write
//  Providing the Next Interrupt Information
//  the definiton for MIP register is listed as follows
//==========================================================
assign mnxti_vld_int_pending = rtu_cp0_mnxti_pending_vld;
assign mnxti_pending_addr[29:0] = mtvt_value[31:2] + {18'b0, rtu_cp0_pending_int_id[11:0]};
assign mnxti_value[31:0] = mnxti_vld_int_pending ? {mnxti_pending_addr[29:0], 2'b0}
                                                 : 32'b0;

//==========================================================
//               Define the MINTSTATUS register
//  Machine Interrupt Status Register
//  32-bit Machine Mode Read/Write
//  Providing the Interrupt Pending Level Status
//  the definiton for MIP register is listed as follows
//==========================================================
always @ (posedge regs_flush_clk or negedge cpurst_b)
begin
  if (!cpurst_b)
    mil_tail[7:0] <= 8'b0;
  else if (idu_cp0_id_tail_vld)
    mil_tail[7:0] <= rtu_cp0_pending_int_level[7:0];
end
always @(posedge regs_flush_clk or negedge cpurst_b)
begin
  if(!cpurst_b)
    mil[7:0] <= 8'b0;
  else if(!mtvec_mode[1])
    mil[7:0] <= 8'b0;
  else if(rtu_yy_xx_expt_int && rtu_yy_xx_expt_vld)
    mil[7:0] <= rtu_cp0_int_level[7:0];
  else if(int_mret_vld)
    mil[7:0] <= mpil[7:0];
  else if(mnxti_local_en && mnxti_vld_int_pending)
    mil[7:0] <= rtu_cp0_pending_int_level[7:0];
  else if(idu_yy_xx_tail_ack)
    mil[7:0] <= mil_tail[7:0];
  else
    mil[7:0] <= mil[7:0];
end
assign mintstatus_value[31:0] = {mil[7:0], 24'b0};

assign mil_val[7:0] = int_mret_vld ? mpil[7:0] : mil[7:0];


//==========================================================
//               Define the MSCRATCHCSW register
//  Machine Scratch Swap Register
//  32-bit Machine Mode Read/Write
//  Providing the optional Swap Scratch Register
//  the definiton for MIP register is listed as follows
//==========================================================
assign mscratchcsw_swap_en = mscratchcsw_local_en && mpp[1:0] != pm[1:0];
assign mscratchcsw_value[31:0] = mscratchcsw_swap_en ? mscratch[31:0]
                                                     : iui_regs_wdata_rs1[31:0];


//==========================================================
//               Define the MSCRATCHCSWL register
//  Machine Scratch Swap Register for interrupt Levels
//  32-bit Machine Mode Read/Write
//  Providing the optional Swap Scratch Register for Levels
//  the definiton for MIP register is listed as follows
//==========================================================
assign spec_mil[7:0] = rtu_yy_xx_expt_int ? rtu_cp0_int_level[7:0] : mil[7:0];
assign spec_mpil[7:0] = rtu_yy_xx_expt_int ? mil[7:0] : mpil[7:0];

assign swap_int_sp = (spec_mil[7:0] == 8'b0) ^ (spec_mpil[7:0] == 8'b0);
assign mscratchcswl_swap_en = mscratchcswl_local_en && swap_int_sp;
assign mscratchcswl_value[31:0] = mscratchcswl_swap_en ? mscratch[31:0]
                                                       : iui_regs_wdata_rs1[31:0];

assign ipush_sp_use_mscratch = (rtu_yy_xx_expt_int || idu_cp0_sp_swap_pending)
                            && swap_int_sp && regs_spswap_en;

assign mscratch_swap_int_sp_en = (idu_cp0_sp_swap_req
                               || int_mret_vld)
                               && regs_spswap_en && swap_int_sp;
assign mscratch_swap_int_sp_en_gate = (idu_cp0_sp_swap_req_gate
                                    || int_mret_vld)
                                    && regs_spswap_en && swap_int_sp;
assign regs_swap_int_sp_en_gate = mscratch_swap_int_sp_en_gate;



//==========================================================
//               Define the MCLICBASE register
//  Machine Interrupt Pending Register
//  32-bit Machine Mode Read/Write
//  Providing the Base Address of CLIC Memory Map Region
//  the definiton for MIP register is listed as follows
//==========================================================
assign mclicbase_value[31:0] = tcip_cp0_clic_base[31:0];


//==========================================================
//               Define the MXSTATUS register
//  Machine Extension Status register
//  32-bit Machine Mode Read/Write
//  Providing the C-SKY Extension Status of the current core
//  the definiton for MXSTATUS register is listed as follows
//==========================================================
always @(posedge regs_flush_clk or negedge cpurst_b)
begin
  if(!cpurst_b)
    pm[1:0] <= 2'b11;
  else if(rtu_cp0_exit_debug)
    pm[1:0] <= dtu_cp0_dcsr_prv[1:0];
  else if(rtu_yy_xx_expt_vld)
    pm[1:0] <= 2'b11;
  else if(iui_regs_inst_mret)
    pm[1:0] <= mpp[1:0];
  else
    pm[1:0] <= pm[1:0];
end

assign pm_bypass[1:0] = iui_regs_inst_mret ? mpp[1:0]
                                           : pm[1:0];

always @(posedge regs_clk or negedge cpurst_b)
begin
  if (!cpurst_b)
    mm    <= 1'b1;
  else if(mxstatus_local_en)
    mm    <= iui_regs_wdata[15];
  else
    mm    <= mm;
end

always @(posedge regs_clk or negedge cpurst_b)
begin
  if (!cpurst_b)
  begin
    cskyisaee <= 1'b1;
    pmdm      <= 1'b0;
    pmdu      <= 1'b0;
  end
  else if(mxstatus_local_en)
  begin
    cskyisaee <= iui_regs_wdata[22];
    pmdm      <= iui_regs_wdata[13];
    pmdu      <= iui_regs_wdata[10];
  end
  else
  begin
    cskyisaee <= cskyisaee;
    pmdm      <= pmdm;
    pmdu      <= pmdu;
  end
end
assign mxstatus_value[31:0]  = {pm[1:0], 7'b0, cskyisaee, 4'b0,
                                1'b0, 1'b0, mm, 1'b0, pmdm,
                                2'b0, pmdu, 2'b0, 8'b0};

//==========================================================
//               Define the MNMICAUSE register
//  Machine Extension Status register
//  32-bit Machine Mode Read/Write
//  Providing the C-SKY Extension Status of the current core
//  the definiton for MXSTATUS register is listed as follows
//==========================================================
always @ (posedge regs_flush_clk or negedge cpurst_b)
begin
  if (!cpurst_b)
    nmi_intr <= 1'b0;
  else if (rtu_cp0_nmi_vld)
    nmi_intr <= m_intr;
  else if (mnmicause_local_en)
    nmi_intr <= iui_regs_wdata[31];
  else
    nmi_intr <= nmi_intr;
end

always @ (posedge regs_flush_clk or negedge cpurst_b)
begin
  if (!cpurst_b)
    nmi_mpp[1:0] <= 2'b0;
  else if (rtu_cp0_nmi_vld)
    nmi_mpp[1:0] <= mpp[1:0];
  else if (regs_inst_nmi_mret)
    nmi_mpp[1:0] <= 2'b0;
  else if (mnmicause_local_en)
    nmi_mpp[1:0] <= iui_regs_wdata[29:28];
  else
    nmi_mpp[1:0] <= nmi_mpp[1:0];
end

always @ (posedge regs_flush_clk or negedge cpurst_b)
begin
  if (!cpurst_b)
    nmi_mpie <= 1'b0;
  else if (rtu_cp0_nmi_vld)
    nmi_mpie <= mpie;
  else if (regs_inst_nmi_mret)
    nmi_mpie <= 1'b1;
  else if (mnmicause_local_en)
    nmi_mpie <= iui_regs_wdata[27];
  else
    nmi_mpie <= nmi_mpie;
end

always @ (posedge regs_flush_clk or negedge cpurst_b)
begin
  if (!cpurst_b)
    nmi_vector[11:0] <= 12'b0;
  else if (rtu_cp0_nmi_vld)
    nmi_vector[11:0] <= m_vector[11:0];
  else if (mnmicause_local_en)
    nmi_vector[11:0] <= iui_regs_wdata[11:0];
  else
    nmi_vector[11:0] <= nmi_vector[11:0];
end

assign mnmicause_value[31:0] = {nmi_intr, 1'b0, nmi_mpp[1:0], nmi_mpie,
                                3'b0, 8'b0, 4'b0, nmi_vector[11:0]};

//==========================================================
//               Define the MNMIPC register
//  Machine Extension Status register
//  32-bit Machine Mode Read/Write
//  Providing the C-SKY Extension Status of the current core
//  the definiton for MXSTATUS register is listed as follows
//==========================================================
always @ (posedge regs_flush_clk or negedge cpurst_b)
begin
  if (!cpurst_b)
    nmi_pc_31_1[30:0] <= 31'b0;
  else if (mnmipc_local_en)
    nmi_pc_31_1[30:0] <= iui_regs_wdata[31:1];
  else if (rtu_cp0_nmi_vld)
    nmi_pc_31_1[30:0] <= mepc_reg[31:1];
  else
    nmi_pc_31_1[30:0] <= nmi_pc_31_1[30:0];
end

assign mnmipc_value[31:0] = {nmi_pc_31_1[30:0], 1'b0};

//==========================================================
// Rename for Output
//==========================================================

// Output to CP0
assign regs_cpu_in_int  = m_intr;
assign trap_csr_pm[1:0] = pm[1:0];

// Output to RTU
assign cp0_dtu_int_id[11:0]   = m_vector_tail[11:0];
assign cp0_rtu_tail_int_id[11:0]   = m_vector_tail[11:0];
assign cp0_rtu_tail_int_hv         = minhv_tail;
assign cp0_rtu_int_level[7:0] = mil_val[7:0];
assign cp0_rtu_int_mode[1:0]  = mtvec_mode[1:0];
assign cp0_rtu_mpil[7:0]      = mpil[7:0];
assign cp0_rtu_mnxti_vld      = mnxti_local_en && mnxti_vld_int_pending;
assign cp0_rtu_mie            = mie_valid;
assign cp0_rtu_pm_bypass[1:0] = pm_bypass[1:0];
assign cp0_rtu_in_nmi         = regs_cpu_in_nmi;

assign cp0_yy_cskyisaee       = cskyisaee;
assign cp0_lsu_mm             = mm;

assign cp0_pmp_mstatus_mprv = rtu_yy_xx_dbgon ? dtu_cp0_dcsr_mprven && mprv : mprv;
assign cp0_pmp_mstatus_mpp[1:0] = mpp[1:0];
// &Force("input","dtu_cp0_dcsr_mprven"); @929

assign cp0_idu_fs[1:0] = fs[1:0];
assign regs_fs_off = fs_off;

assign cp0_dtu_mexpt_vld = rtu_yy_xx_expt_vld;

assign cp0_idu_sp_wen = mscratch_swap_int_sp_en;
assign cp0_idu_sp_wen_gate = mscratch_swap_int_sp_en_gate;
assign cp0_idu_sp_use_scratch = ipush_sp_use_mscratch;
assign cp0_idu_sp_wdata[31:0] = mscratch[31:0];
assign cp0_idu_mepc[31:0]     = rtu_yy_xx_expt_int ? rtu_cp0_epc[31:0] : mepc_reg[31:0];
assign cp0_idu_mcause[31:0]   = rtu_yy_xx_expt_int ? mcause_bypass_value[31:0] : mcause_spec_value[31:0];

assign cp0_hpcp_pmdm = pmdm;
assign cp0_hpcp_pmdu = pmdu;


// &ModuleEnd; @958
endmodule